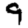
Digit: 9